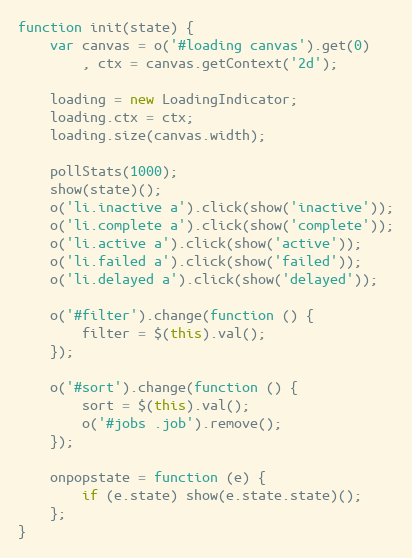
Language: JavaScript
function init(state) {
    var canvas = o('#loading canvas').get(0)
        , ctx = canvas.getContext('2d');

    loading = new LoadingIndicator;
    loading.ctx = ctx;
    loading.size(canvas.width);

    pollStats(1000);
    show(state)();
    o('li.inactive a').click(show('inactive'));
    o('li.complete a').click(show('complete'));
    o('li.active a').click(show('active'));
    o('li.failed a').click(show('failed'));
    o('li.delayed a').click(show('delayed'));

    o('#filter').change(function () {
        filter = $(this).val();
    });

    o('#sort').change(function () {
        sort = $(this).val();
        o('#jobs .job').remove();
    });

    onpopstate = function (e) {
        if (e.state) show(e.state.state)();
    };
}